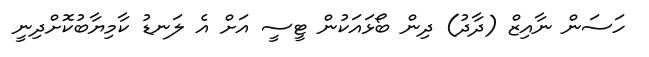
ހަސަން ނާއިޒް (ދާދު) ދިން ބޯޅައަކުން ޓީސީ އަށް އެ ލަނޑު ކާމިޔާބުކޮށްދިނީ